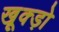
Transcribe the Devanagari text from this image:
खूक्ड़ो